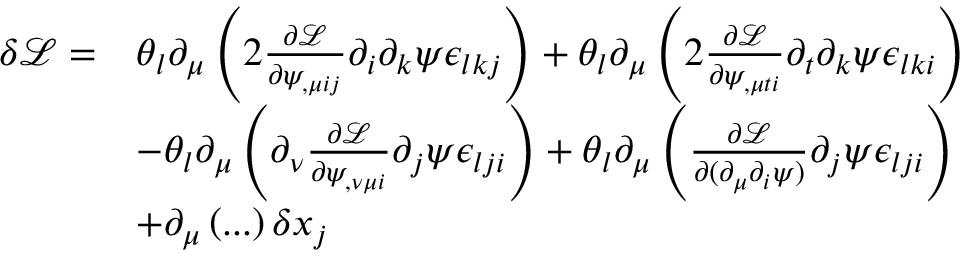
\begin{array} { r l } { \delta \mathcal { L } = } & { \theta _ { l } \partial _ { \mu } \left( 2 \frac { \partial \mathcal L } { \partial \psi _ { , \mu i j } } \partial _ { i } \partial _ { k } \psi \epsilon _ { l k j } \right) + \theta _ { l } \partial _ { \mu } \left( 2 \frac { \partial \mathcal L } { \partial \psi _ { , \mu t i } } \partial _ { t } \partial _ { k } \psi \epsilon _ { l k i } \right) } \\ & { - \theta _ { l } \partial _ { \mu } \left( \partial _ { \nu } \frac { \partial \mathcal L } { \partial \psi _ { , \nu \mu i } } \partial _ { j } \psi \epsilon _ { l j i } \right) + \theta _ { l } \partial _ { \mu } \left( \frac { \partial \mathcal { L } } { \partial ( \partial _ { \mu } \partial _ { i } \psi ) } \partial _ { j } \psi \epsilon _ { l j i } \right) } \\ & { + \partial _ { \mu } \left( . . . \right) \delta x _ { j } } \end{array}